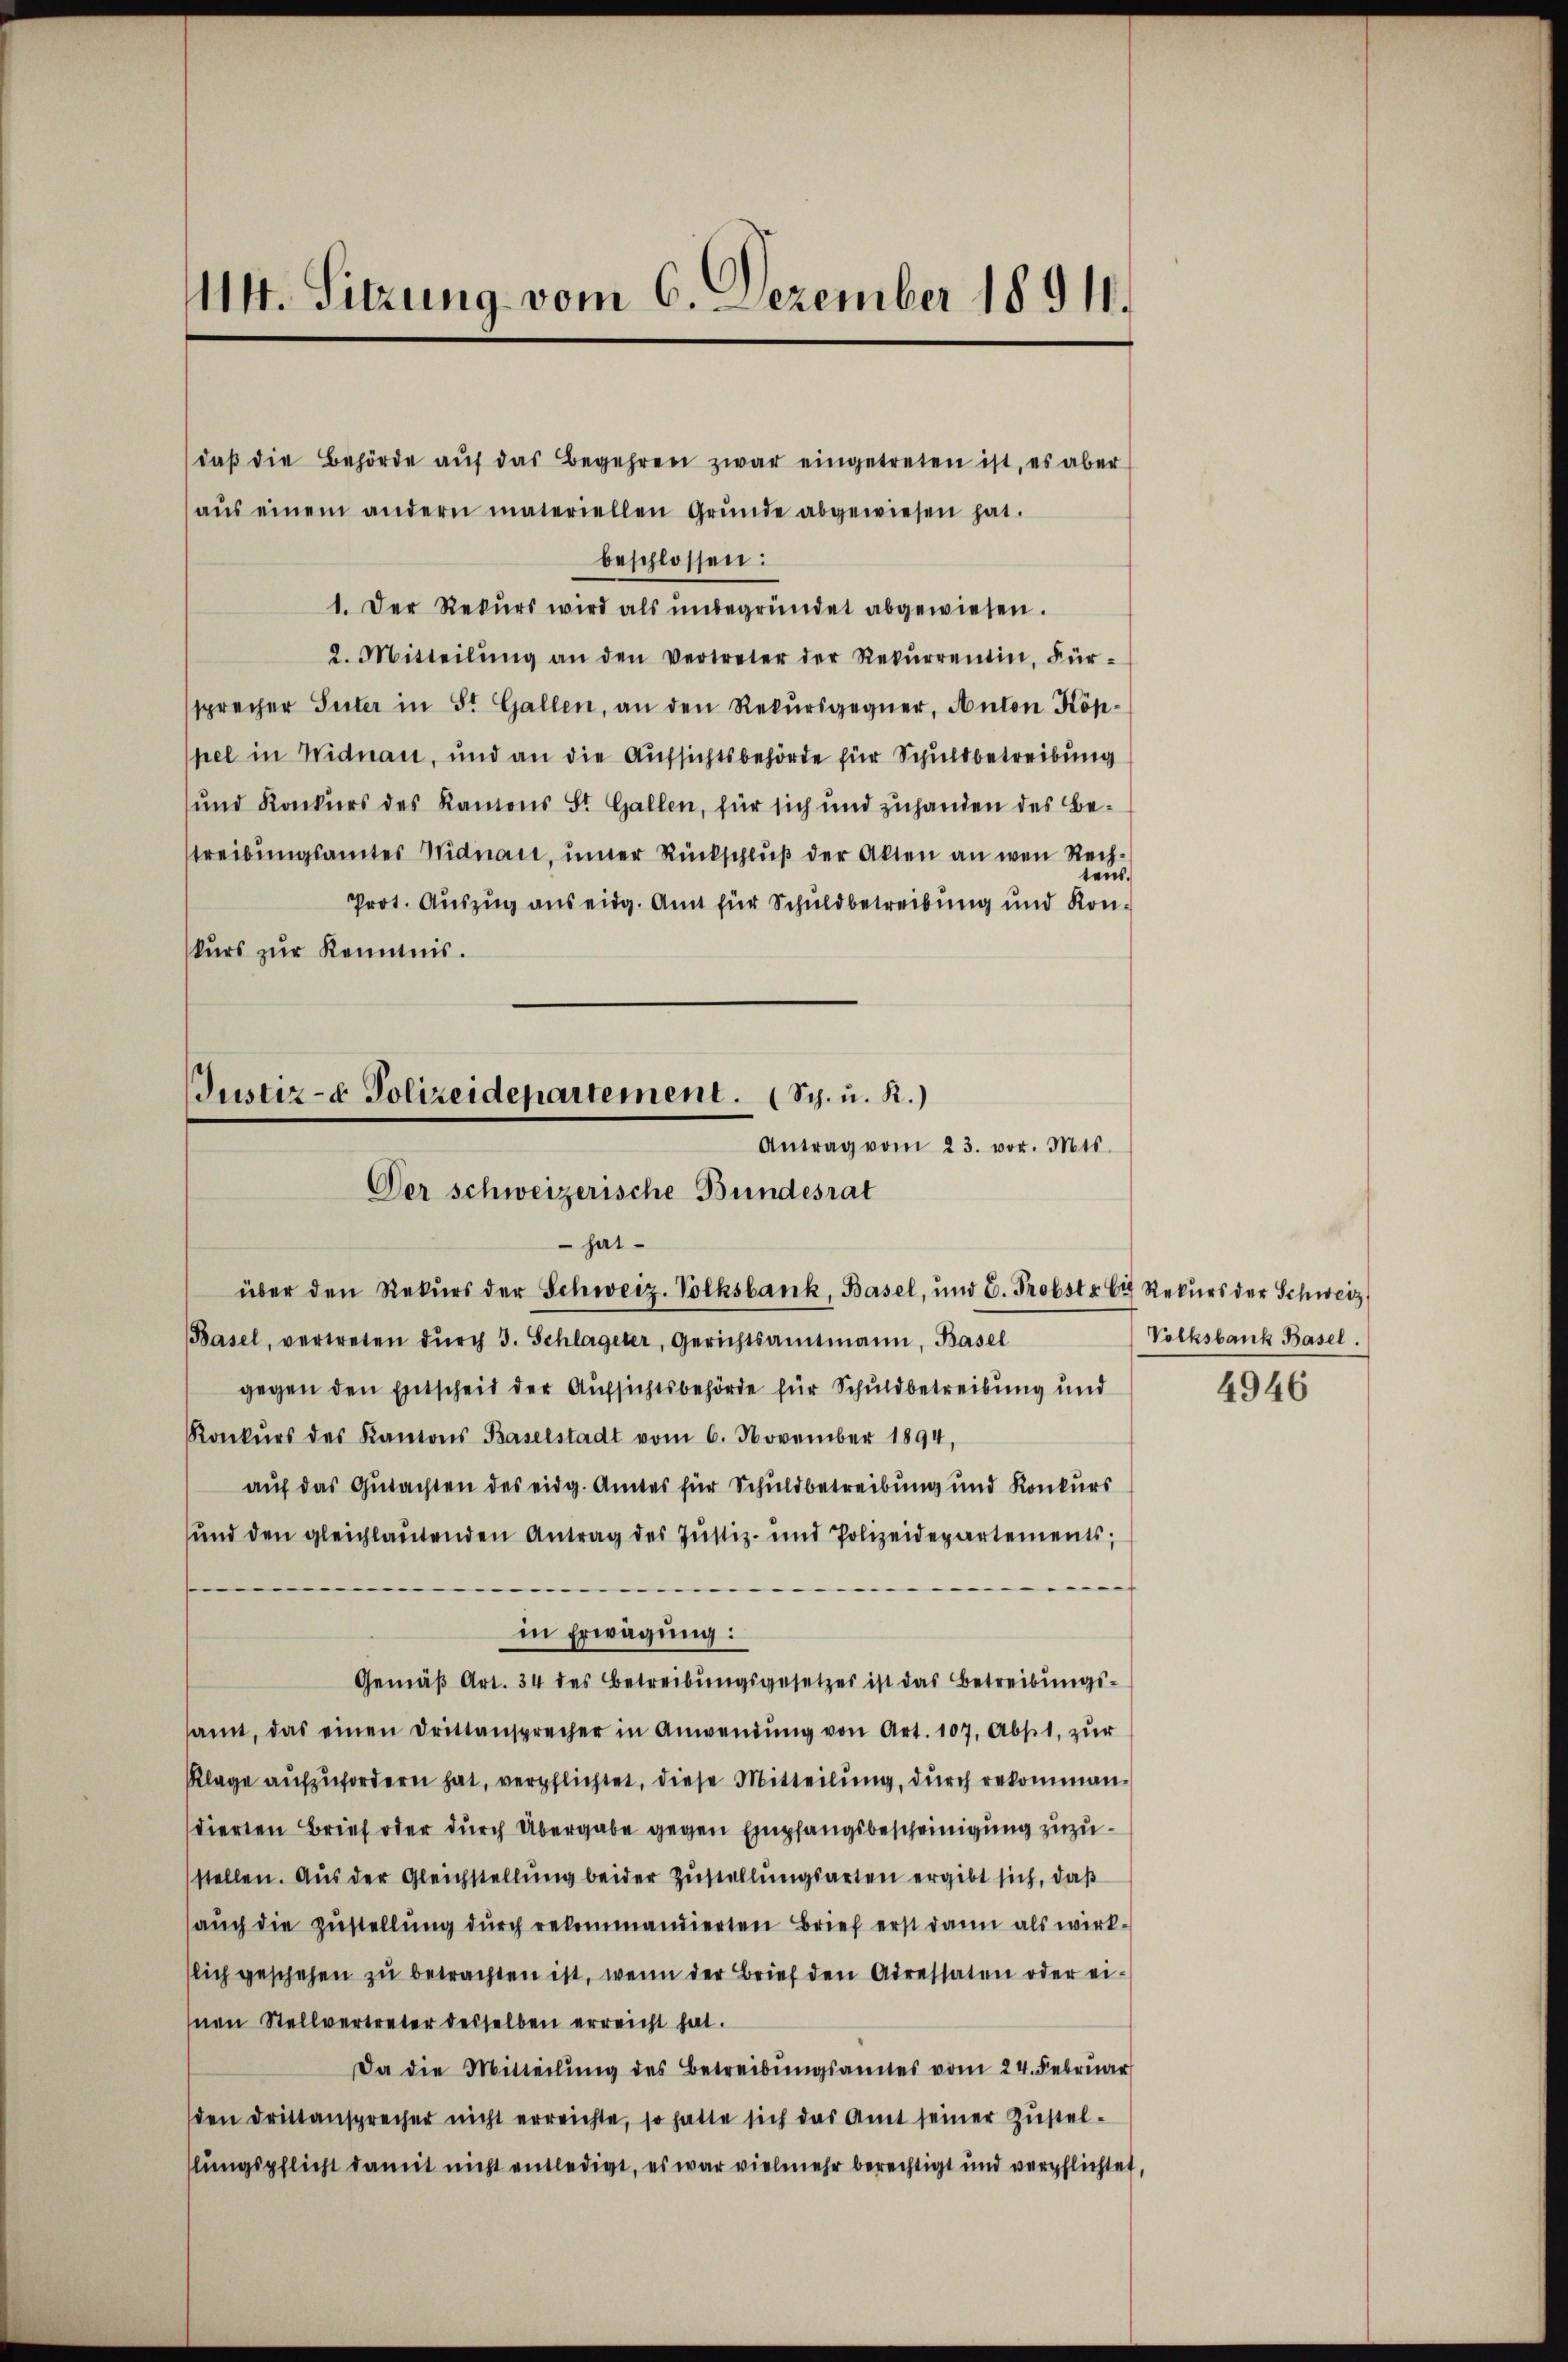
114. Sitzung vom 6. Dezember 18911.

daβ die Behörde aŭf das Begehren zwar eingetreten ist, es aber
aŭs einem andern materiellen Grŭnde abgewiesen hat.
beschlossen:
1. Der Rekurs wird als unbegründet abgewiesen.
2. Mitteilŭng an den Vertreter der Rekŭrrentin, Für-
sprecher Suter in St. Gallen, an den Rekursgegner, Anton Köppel in Widnau, und an die Aufsichtsbehörde für Schuldbetreibung
und Konkurs des Kantons St. Gallen, für sich und zuhanden des Bestreibungsamtes Midnait, inner Rückschlŭβ der Akten an wen Rechteus.
Prot. Auszug aus eidg. Amt für Schuldbetreibung und Konkurs zur Kenntnis.
Justiz- & Polizeidepartement. (Sch. u. R.)
Antrag vom 23. vor. Mts.

Der schweizerische Bundesrat
hatüber den Rekŭrs der Schweiz. Volksbank, Basel, und C. Probst 67 Rekŭrs der Schweiz

(Basel, vertreten dŭrch 3. Schlageler, Gerichtsamtmann, Basel
gegen den Entscheid der Aufsichtsbehörde für Schuldbetreibung und
Konkŭrs des Kantons Baselstadt vom 6. November 1894,
auf das Gutachten des eidg. Amtes für Schuldbetreibung und Konkurs
und den gleichlaŭtenden Antrag des Justiz- und Polizeidepartements;
auf
in Erwägung:
Gemäß Art. 34 des Betreibungsgesetzes ist das Betreibungssamt, das einen Drittansprecher in Anwendŭng von Art. 107. Abst, zŭr
Klage aufzufordern hat, verpflichtet, diese Mitteilung, durch rekommandierten Brief oder durch Übergabe gegen Empfangsbescheinigung zuzustellen. Aus der Gleichstellung beider Zustellungsarten ergibt sich, daß
auch die Zustellung durch rekommandierten Brief erst dann als wirktlich geschehen zu betrachten ist, wenn der Brief den Adressaten oder einen Stellvertreter desselben erreicht hat.
Da die Mitteilŭng des Betreibŭngsamtes vom 24. Februar
den drittansprecher nicht erreichte, so hatte sich das Amt seiner Zŭstel-
lungspflicht damit nicht entledigt, es war vielmehr berechtigt und verpflichtet,

Volksbank Basel.
4946